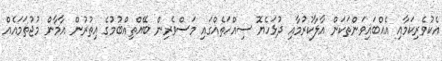
އެކުވެރިކަމާއި އެއްބައިވަންތަކަން އާލާކުރުމާއި ދުޅަހެޔޮ ސިއްހަތެއްގައި މަސްވެރިން ބޭއްތިއްބުމުގެ އިތުރުން އާމާން މުޖުތަމައެއް